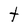
Character: t